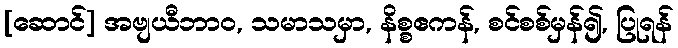
[ဆောင်] အဗျယီဘာဝ, သမာသမှာ, နိစ္စဧကန်, စင်စစ်မှန်၍, ပြုရန်